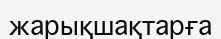
жарықшақтарға